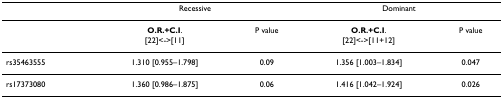
<table><thead><tr><td></td><td colspan="2"><b>Recessive</b></td><td colspan="2"><b>Dominant</b></td></tr></thead><tbody><tr><td></td><td><b>O.R.+C.I</b>.[22]&lt;-&gt;[11]</td><td>P value</td><td><b>O.R.+C.I</b>.[22]&lt;-&gt;[11+12]</td><td>P value</td></tr><tr><td>rs35463555</td><td>1.310 [0.955–1.798]</td><td>0.09</td><td>1.356 [1.003–1.834]</td><td>0.047</td></tr><tr><td>rs17373080</td><td>1.360 [0.986–1.875]</td><td>0.06</td><td>1.416 [1.042–1.924]</td><td>0.026</td></tr></tbody></table>